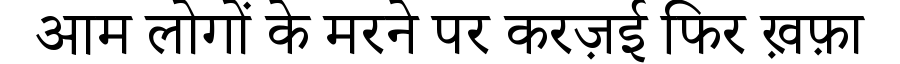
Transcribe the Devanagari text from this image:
आम लोगों के मरने पर करज़ई फिर ख़फ़ा